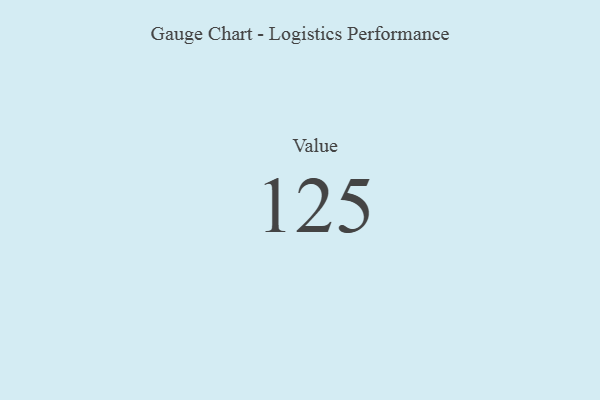
{"axis": {"x": "Metric", "y": "Value"}, "legend": [""], "data": [{"x": "Value", "y": 125, "type": ""}]}